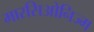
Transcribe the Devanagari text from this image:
मारसिओनिज्म